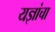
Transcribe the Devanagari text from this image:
यज्ञांचा